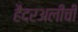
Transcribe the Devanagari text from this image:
हैदरअलीची